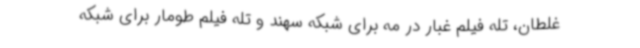
غلطان، تله فیلم غبار در مه برای شبکه سهند و تله فیلم طومار برای شبکه